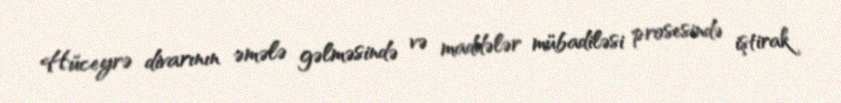
Hüceyrə divarının əmələ gəlməsində və maddələr mübadiləsi prosesində iştirak